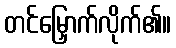
တင်မြှောက်လိုက်၏။